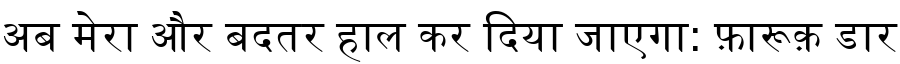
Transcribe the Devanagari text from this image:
अब मेरा और बदतर हाल कर दिया जाएगा: फ़ारूक़ डार